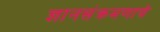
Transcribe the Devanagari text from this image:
ज्ञानसंक्रमणाचे